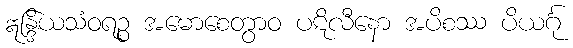
ဣန္ဒြိယသံဝရဉ္စ အမောစေတွာဝ ပဋိလီနော အပိစဿ ပိယင်္ဂု